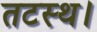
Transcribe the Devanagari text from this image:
तटस्थ।